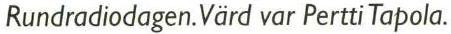
Rundradiodagen. Värd var Pertti Tapola.